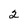
Character: 2